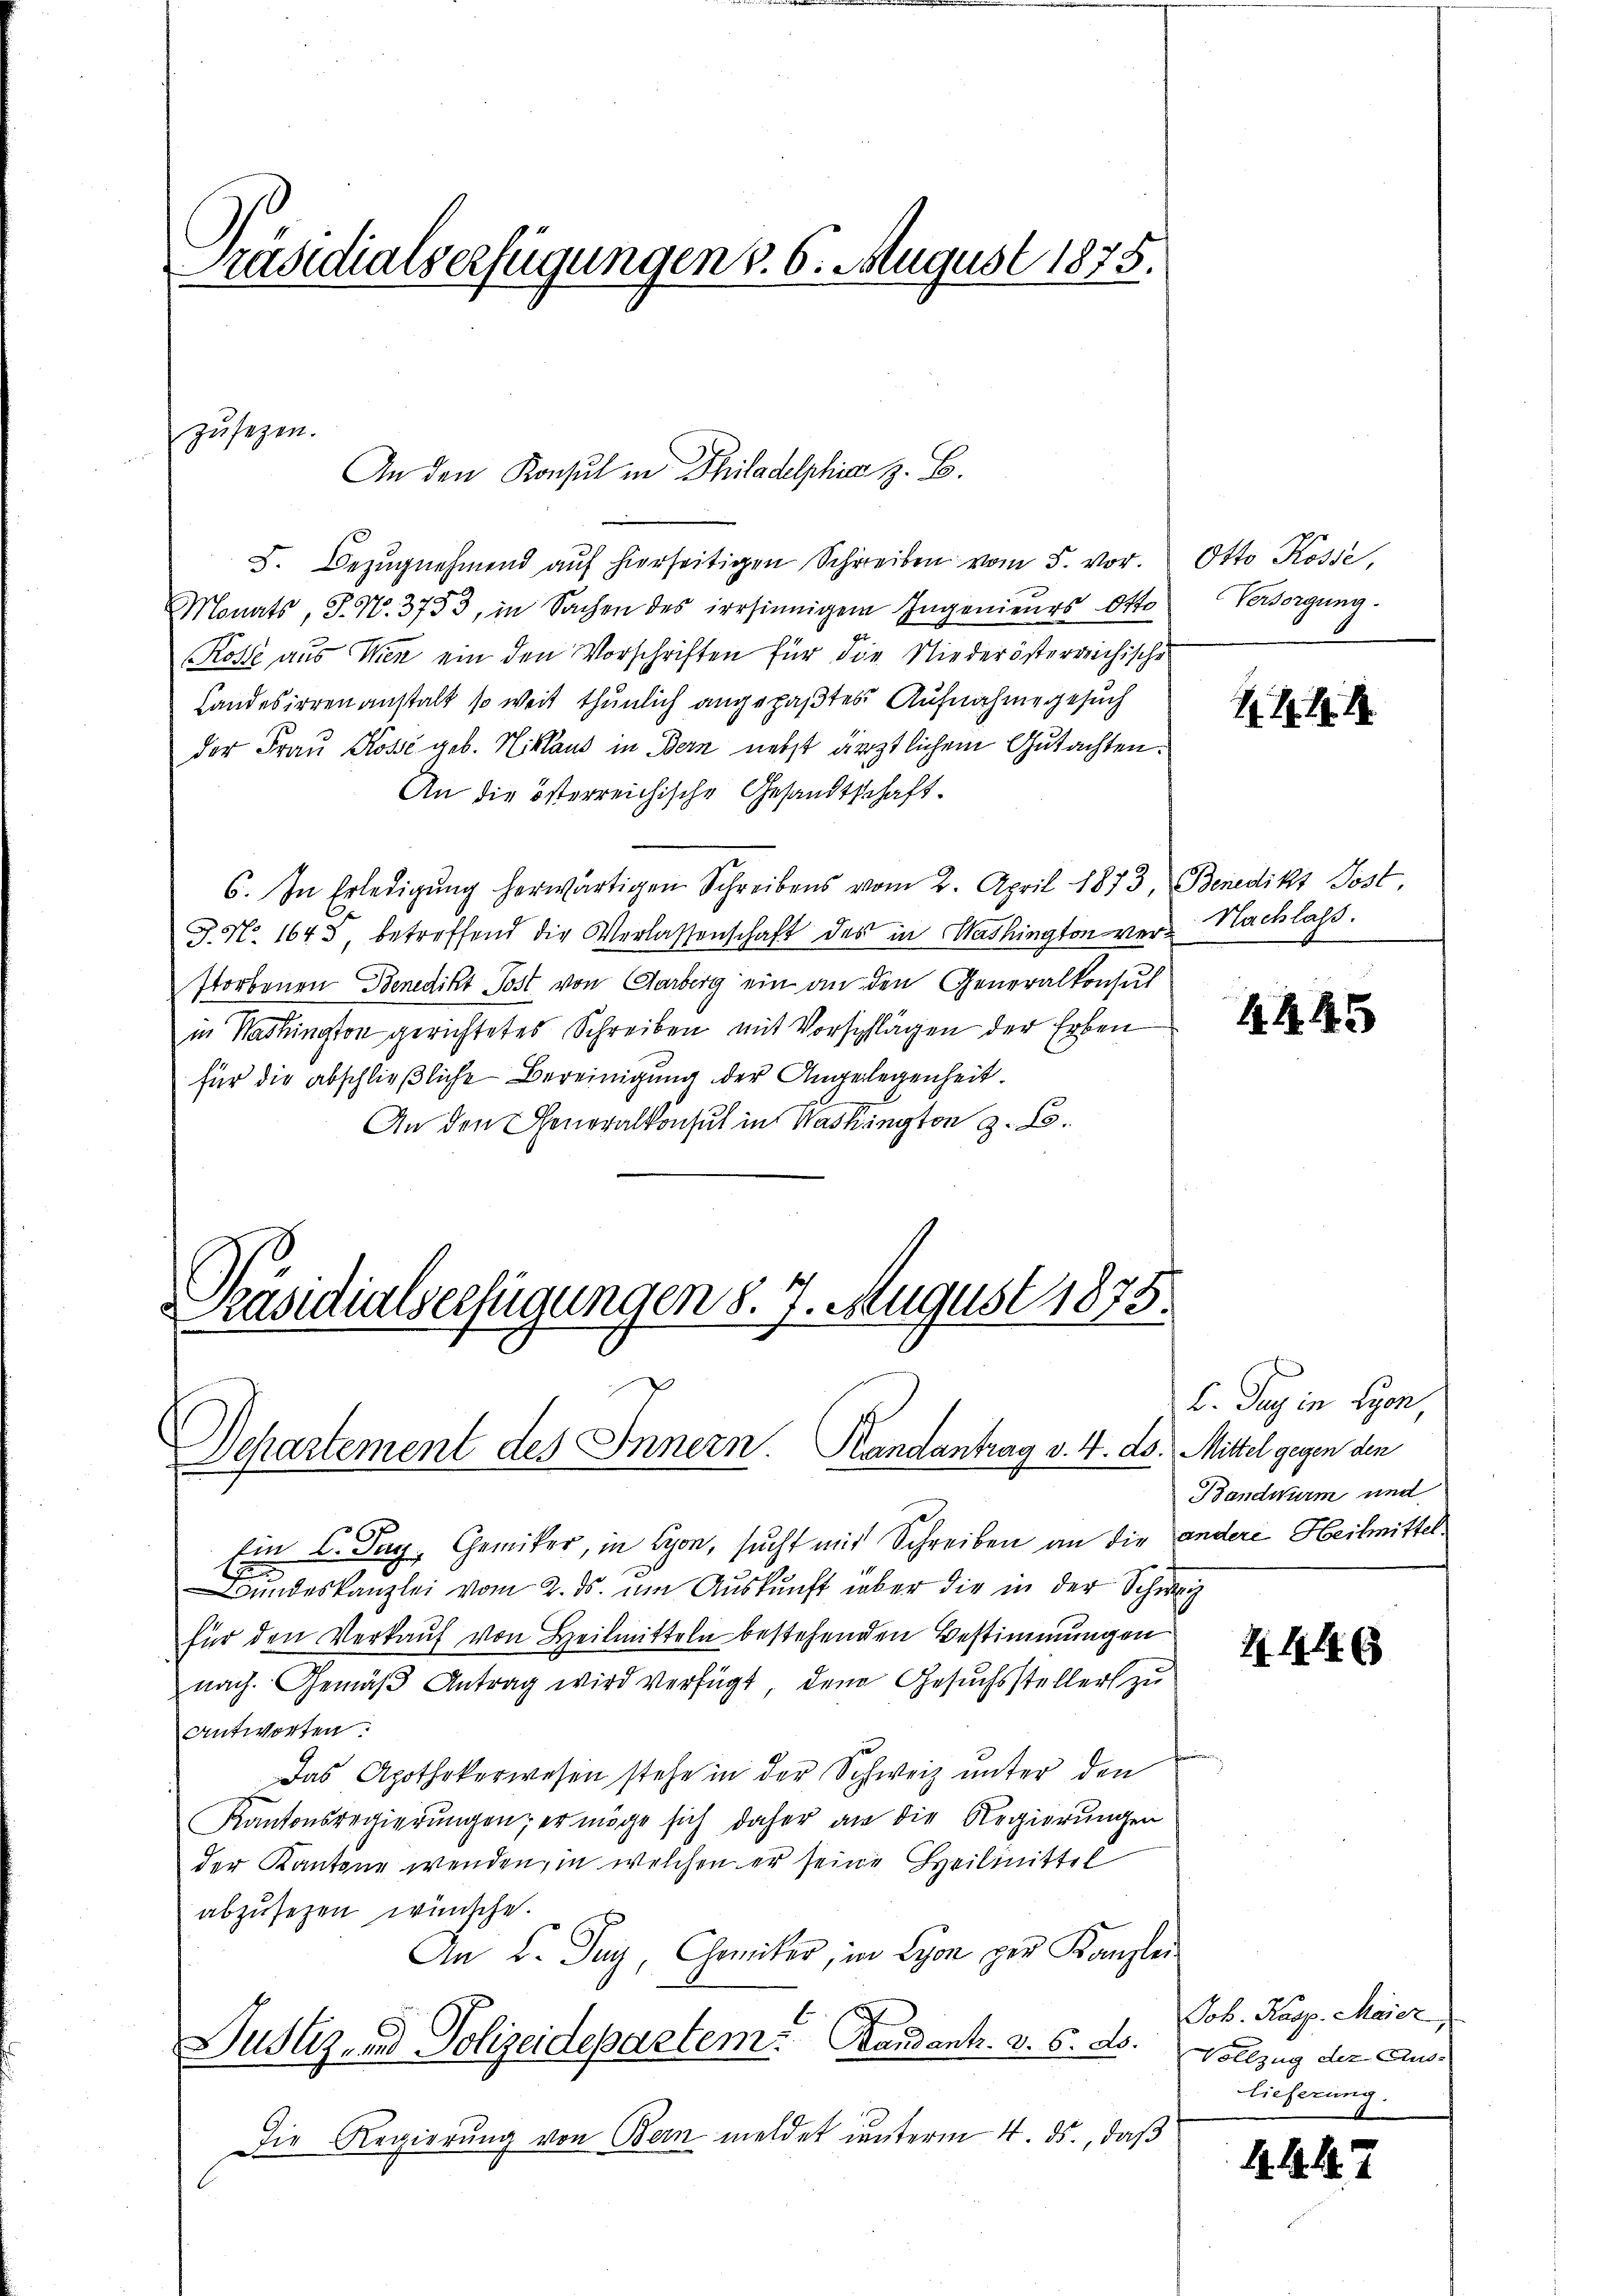
Präsidialverfügungen v. 6. August 1875.

S. Bezugnehmend auf hierseitigen Schreiben vom 5. vor.
Monats, J. N. 3753, in Sachen des irrsinnigem Ingenieurs Otto
Rosse aus Wien ein den Vorschriften für die Niederösterreichische
Landesirrenanstalt so weit thunlich angepaßtes Aufnahme gesuch
der Frau Kösse geb. Niklaus in Bern nebst ärztlichem Gutachten.
An die österreichische Gesandtschaft.
6. In Erledigŭng herwärtigen Schreibens vom 2. April 1873, Benedikt Post,
J. No. 1643, betreffend die Verlassenschaft des in Washington ver- Nachlass.
storbenen Benedikt Post von Aarberg ein an den Generalkonsul
in Stadlington gerichtetes Schreiben mit Vorschlägen der Erben
für die abschließliche Bereinigung der Angelegenheit.
An den Generalkonsul in Washington z. B.

zusezen.

An den Konsul in Philadelphia z. B.

Präsidialserfügungen d. 7. August 1875.
Dechartement des Innern. Handantrag v. 4. ds. Mittel gegen den

Otto Kösse,
Versorgung.

Ein C. Tag. Gemiker, in Lyon, sucht mit Schreiben an die andere Heilmittel¬
7
Bŭndeskanzlei vom 2. ds. um Auskunft über die in der Schweiz
für den Verkauf von Heilmitteln bestehenden Bestimmungen
nach. Gemäß Antrag wird verfügt dem Gesuchssteller zu
Antworten.
Das Apothekerwesen stehe in der Schweiz unter den
Kantonsregierŭngen; er möge sich daher an die Regierungen
der Kantone wenden, in welchen er seine Heilmittel
abzusehen wünsche.
An L. Juy, Chemiker, in Lyon der Kanzlei
Justiz- und Polizeidepartem Mandant. v. 6. ds. Vollzug der Aus¬
Die Regierung von Bern meldet unterm 4. ds., daß

.11.1

4445

C. Zug in Lyon,
Bandwurm und

4446

Job. Kasp. Maier
lieferung.

4. 447